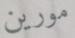
مورين